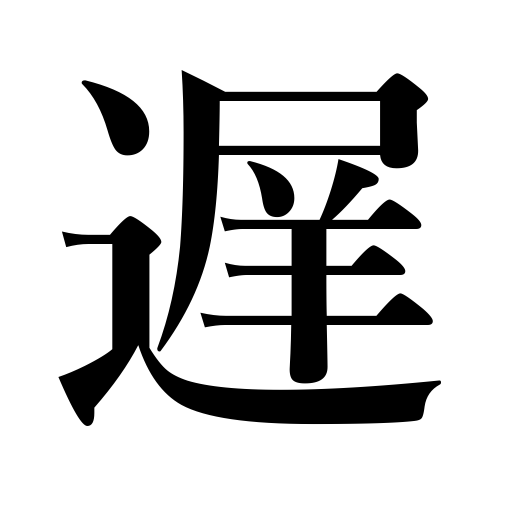
Meanings: be overdue,slow,clocks lose,lag behind,delay,be delayed,late,defer,be late,retard